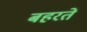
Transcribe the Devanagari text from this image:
बहरते